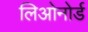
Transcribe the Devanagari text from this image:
लिओनोर्ड